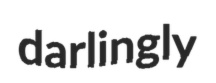
darlingly